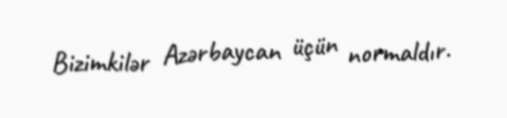
Bizimkilər Azərbaycan üçün normaldır.